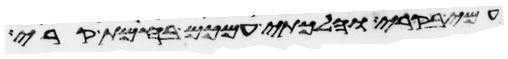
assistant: עמי קרי והלכתי עמכם בחמת קרי